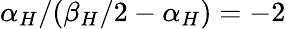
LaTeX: \alpha_{H}/(\beta_{H}/2-\alpha_{H})=-2